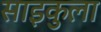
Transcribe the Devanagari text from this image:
साइकुला